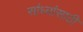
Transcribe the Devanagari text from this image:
सांध्यांसाठी